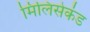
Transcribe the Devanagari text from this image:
मिलिसेकंड